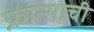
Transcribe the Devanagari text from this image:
फ्रान्साची